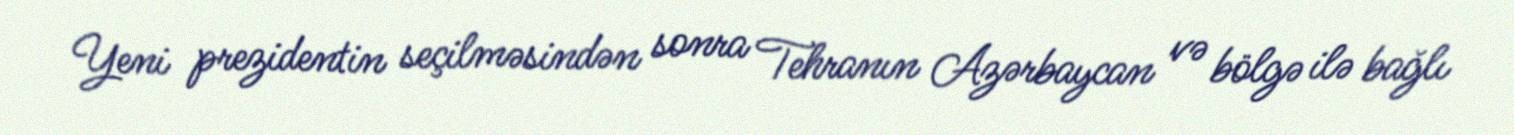
Yeni prezidentin seçilməsindən sonra Tehranın Azərbaycan və bölgə ilə bağlı